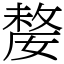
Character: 嫠